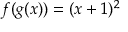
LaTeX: f ( g ( x ) ) = ( x + 1 ) ^ { 2 }